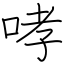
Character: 哮